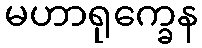
မဟာရုက္ခေန